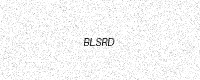
Text: BLSRD